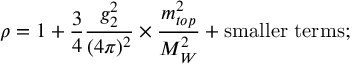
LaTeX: \rho = 1 + \frac { 3 } { 4 } \frac { g _ { 2 } ^ { 2 } } { ( 4 \pi ) ^ { 2 } } \times \frac { m _ { t o p } ^ { 2 } } { M _ { W } ^ { 2 } } + \mathrm { s m a l l e r ~ t e r m s ; }